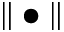
\| \bullet \|